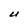
Character: U